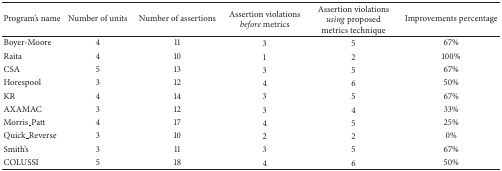
<table><thead><tr><td><b>Program&#x27;s name</b></td><td><b>Number of units</b></td><td><b>Number of assertions</b></td><td><b>Assertion violations<i>before</i> metrics</b></td><td><b>Assertion violations<i>using</i> proposed metrics technique </b></td><td><b>Improvements percentage</b></td></tr></thead><tbody><tr><td>Boyer-Moore</td><td>4</td><td>11</td><td>3</td><td>5</td><td>67%</td></tr><tr><td>Raita</td><td>4</td><td>10</td><td>1</td><td>2</td><td>100%</td></tr><tr><td>CSA</td><td>5</td><td>13</td><td>3</td><td>5</td><td>67%</td></tr><tr><td>Horespool</td><td>3</td><td>12</td><td>4</td><td>6</td><td>50%</td></tr><tr><td>KR</td><td>4</td><td>14</td><td>3</td><td>5</td><td>67%</td></tr><tr><td>AXAMAC</td><td>3</td><td>12</td><td>3</td><td>4</td><td>33%</td></tr><tr><td>Morris_Patt</td><td>4</td><td>17</td><td>4</td><td>5</td><td>25%</td></tr><tr><td>Quick_Reverse</td><td>3</td><td>10</td><td>2</td><td>2</td><td>0%</td></tr><tr><td>Smith&#x27;s</td><td>3</td><td>11</td><td>3</td><td>5</td><td>67%</td></tr><tr><td>COLUSSI</td><td>5</td><td>18</td><td>4</td><td>6</td><td>50%</td></tr></tbody></table>